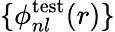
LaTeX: \{ \phi_{nl}^{\mathrm{test}}(r)\}